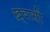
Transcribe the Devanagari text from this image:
ख़्वासी